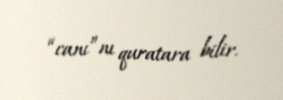
“canı”nı quratara bilir.